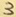
Text: 3